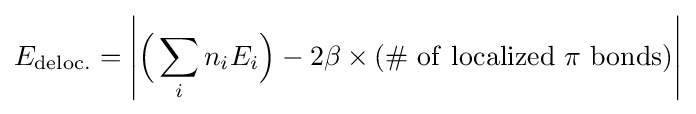
E_{\mathrm {deloc.} }={\Bigg |}{\Big (}\sum _{i}n_{i}E_{i}{\Big )}-2\beta \times (\#\ \mathrm {of} \ \mathrm {localized} \ \pi \ \mathrm {bonds} ){\Bigg |}